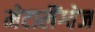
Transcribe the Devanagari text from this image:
मेटालैंग्वेज